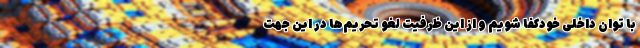
با توان داخلی خودکفا ‌شویم و از این ظرفیت لغو تحریم‌ها در این جهت